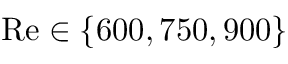
\mathrm { R e } \in \{ 6 0 0 , 7 5 0 , 9 0 0 \}